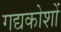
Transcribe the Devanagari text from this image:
गद्यकोशों